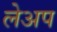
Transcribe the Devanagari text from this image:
लेअप